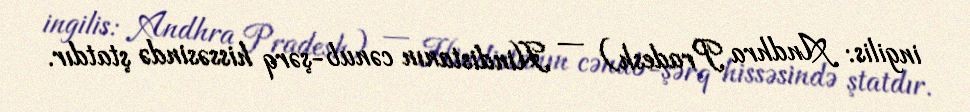
ingilis: Andhra Pradesh) — Hindistanın cənub-şərq hissəsində ştatdır.